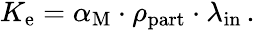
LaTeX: \begin{array}{r}{K_{\mathrm{e}}=\alpha_{\mathrm{M}}\cdot\rho_{\mathrm{part}}\cdot\lambda_{\mathrm{in}}\, .}\end{array}